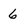
Character: 6